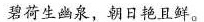
碧荷生幽泉，朝日艳且鲜。